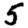
Digit: 5